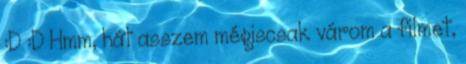
:D :D Hmm, hát asszem mégiscsak várom a filmet,